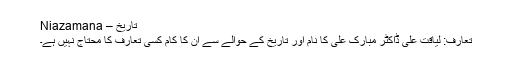
تاریخ – Niazamana
تعارف: لیاقت علی ڈاکٹر مبارک علی کا نام اور تاریخ کے حوالے سے ان کا کام کسی تعارف کا محتاج نہیں ہے۔